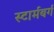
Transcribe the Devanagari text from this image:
स्टार्मबर्ग